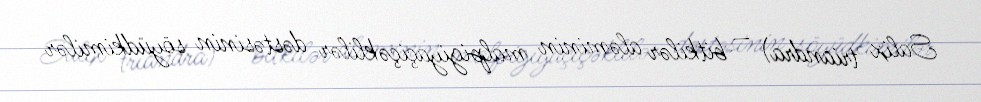
Salix triandra) — bitkilər aləminin malpigiyaçiçəklilər dəstəsinin söyüdkimilər